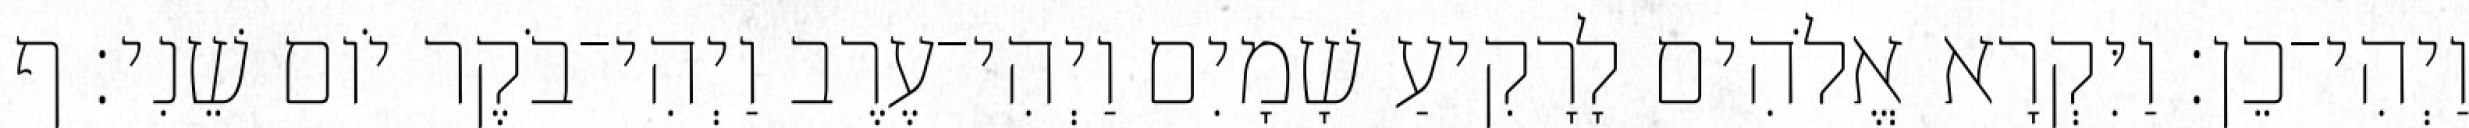
וַיְהִי־כֵן׃ וַיִּקְרָא אֱלֹהִים לָרָקִיעַ שָׁמָיִם וַיְהִי־עֶרֶב וַיְהִי־בֹקֶר יֹום שֵׁנִי׃ ף